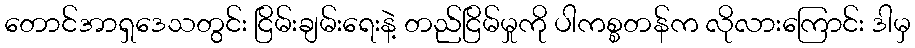
တောင်အာရှဒေသတွင်း ငြိမ်းချမ်းရေးနဲ့ တည်ငြိမ်မှုကို ပါကစ္စတန်က လိုလားကြောင်း ဒါမှ